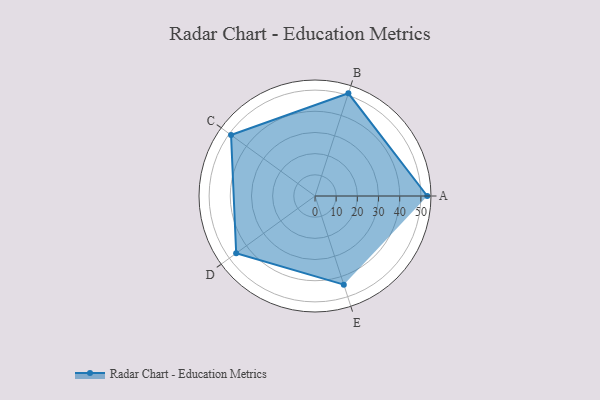
{"axis": {"x": "Skill", "y": "Score"}, "legend": ["Profile"], "data": [{"x": "A", "y": 53.0, "type": "Profile"}, {"x": "B", "y": 51.0, "type": "Profile"}, {"x": "C", "y": 49.0, "type": "Profile"}, {"x": "D", "y": 46.0, "type": "Profile"}, {"x": "E", "y": 44.0, "type": "Profile"}]}